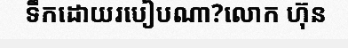
ទឹកដោយរបៀបណា?លោក ហ៊ុន